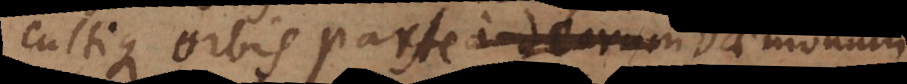
cultique orbis parte Deorum Daemon